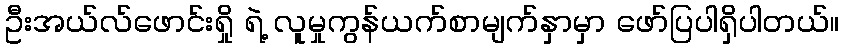
ဦးအယ်လ်ဖောင်းရှို ရဲ့ လူမှုကွန်ယက်စာမျက်နှာမှာ ဖော်ပြပါရှိပါတယ်။